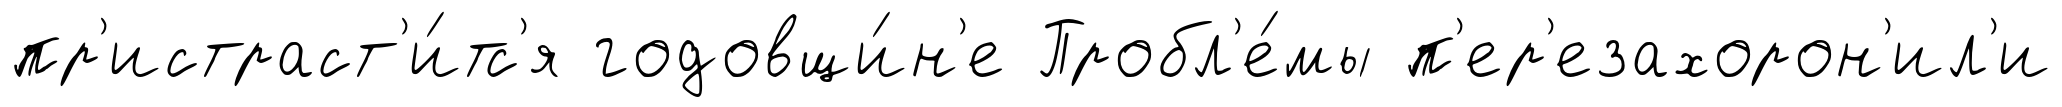
пр'истраст'и́тс'я годовщи́н'е Пробл'е́мы п'ер'езахорон'ил'и